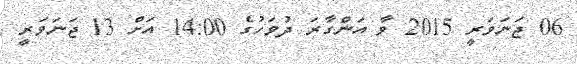
06 ޖަނަވަރީ 2015 ވާ އަންގާރަ ދުވަހުގެ 14:00 އަށް 13 ޖަނަވަރީ